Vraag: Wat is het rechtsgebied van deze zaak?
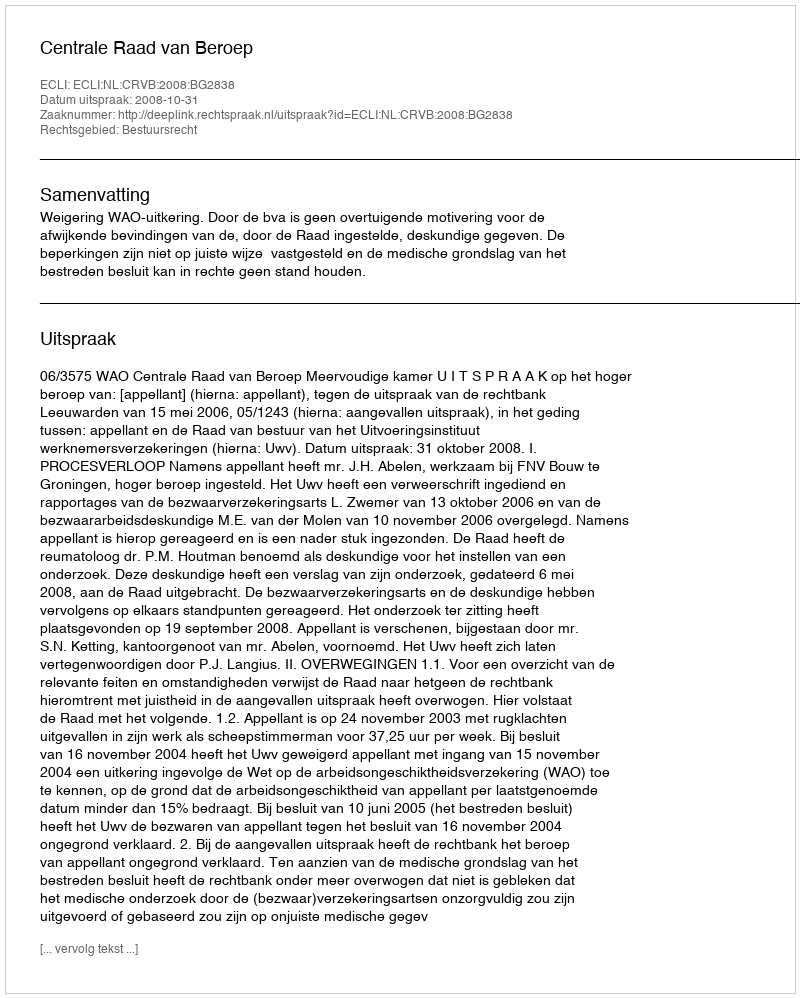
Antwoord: Bestuursrecht